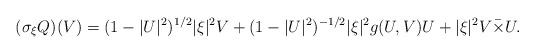
LaTeX: \begin{align*}(\sigma_\xi Q)(V)=(1-|U|^2)^{1/2}|\xi|^2V+(1-|U|^2)^{-1/2}|\xi|^2g(U,V)U+|\xi|^2V\bar{\times}U.\end{align*}